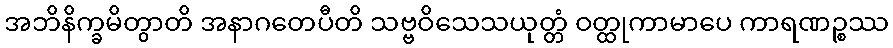
အဘိနိက္ခမိတွာတိ အနာဂတေပီတိ သဗ္ဗဝိသေသယုတ္တံ ဝတ္ထုကာမာပေ ကာရဏဉ္စဿ